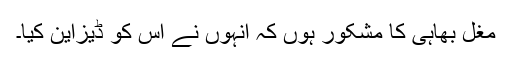
مغل بھاہی کا مشکور ہوں کہ انہوں نے اس کو ڈیزاین کیا۔